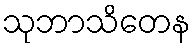
သုဘာသိတေန